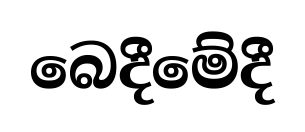
බෙදීමේදී